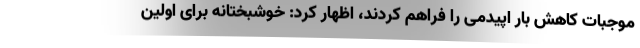
موجبات کاهش بار اپیدمی را فراهم کردند، اظهار کرد: خوشبختانه برای اولین